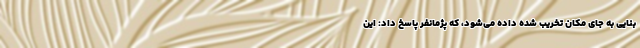
بنایی به جای مکان تخریب شده داده می‌شود، که پژمانفر پاسخ داد: این